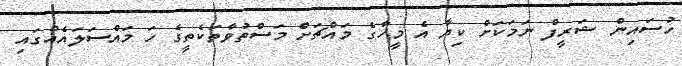
ހުސައިން ޝަރީފް ނަމަކަށް ކިޔާ އެ މީހާގެ މައްޗަށް މަސްތުވާތަކެތީގެ ހަ މައްސަލައެއްގައި